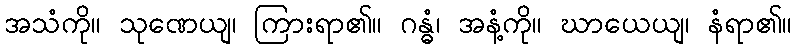
အသံကို။ သုဏေယျ၊ ကြားရာ၏။ ဂန္ဓံ၊ အနံ့ကို။ ဃာယေယျ၊ နံရာ၏။